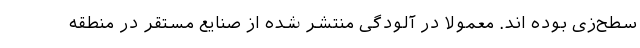
سطح‌زی بوده اند. معمولا در آلودگی منتشر شده از صنایع مستقر در منطقه